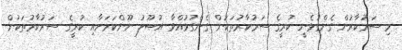
މި ސަރުކާރުން ގެންގުޅެނީ ކުރީގެ ސަރުކާރުތަކުން ގެންގުޅުއްވާ އުޞޫލު ނޫންކަމަށާއި ކުރީގެ ސަރުކާރުތަކުން